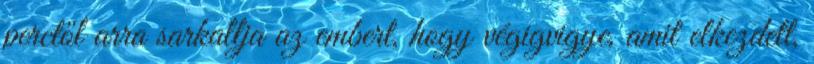
perctől arra sarkallja az embert, hogy végigvigye, amit elkezdett,